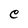
Character: e